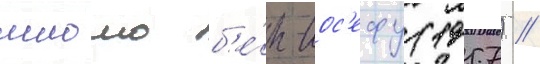
шломо б'е́н-иос'ефу (1957) /